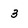
Character: 3